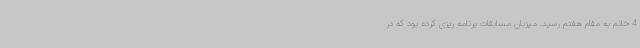
4 خانم به مقام هفتم رسید. میزبان مسابقات برنامه ریزی کرده بود که در